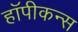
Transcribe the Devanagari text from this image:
हॉपीकन्स